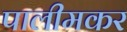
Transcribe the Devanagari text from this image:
पालीमकर